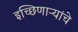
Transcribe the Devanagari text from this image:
इच्छिणाऱ्यांचे